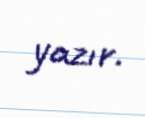
yazır.